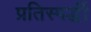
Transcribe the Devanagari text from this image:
प्रतिस्‍पर्द्धी